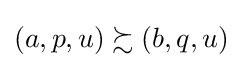
\left(a,p,u\right)\succsim \left(b,q,u\right)